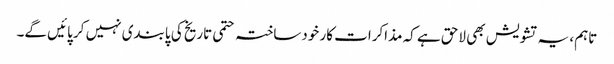
تاہم، یہ تشویش بھی لاحق ہے کہ مذاکرات کار خودساختہ حتمی تاریخ کی پابندی نہیں کر پائیں گے۔